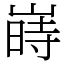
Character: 嵵